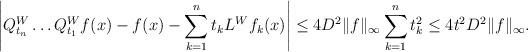
LaTeX: \begin{align*}\left| Q_{t_n}^W\ldots Q_{t_1}^W f(x) - f(x) - \sum_{k=1}^n t_k L^W f_k(x)\right|\leq 4D^2\|f\|_\infty \sum_{k=1}^n t_k^2 \leq 4t^2D^2\|f\|_\infty.\end{align*}